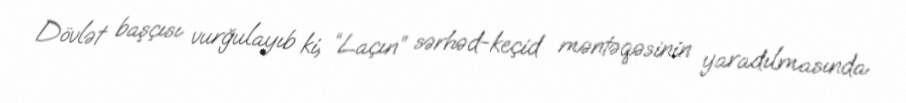
Dövlət başçısı vurğulayıb ki, “Laçın” sərhəd-keçid məntəqəsinin yaradılmasında